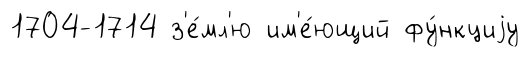
1704-1714 з'е́мл'ю им'е́ющий фу́нкциjу